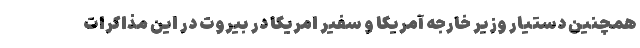
همچنین دستیار وزیر خارجه آمریکا و سفیر امریکا در بیروت در این مذاکرات